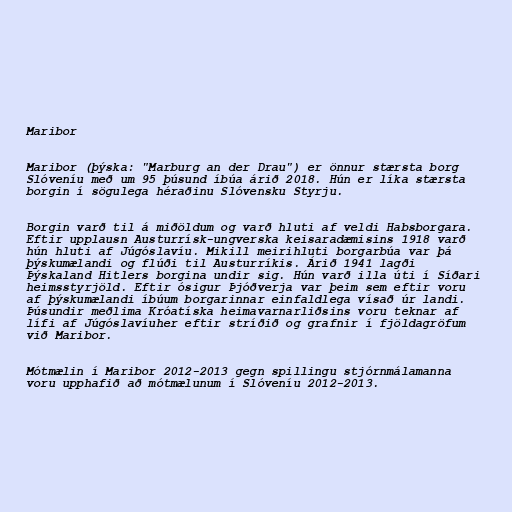
Maribor

Maribor (þýska: "Marburg an der Drau") er önnur stærsta borg
Slóveníu með um 95 þúsund íbúa árið 2018. Hún er líka stærsta
borgin í sögulega héraðinu Slóvensku Styrju.

Borgin varð til á miðöldum og varð hluti af veldi Habsborgara.
Eftir upplausn Austurrísk-ungverska keisaradæmisins 1918 varð
hún hluti af Júgóslavíu. Mikill meirihluti borgarbúa var þá
þýskumælandi og flúði til Austurríkis. Árið 1941 lagði
Þýskaland Hitlers borgina undir sig. Hún varð illa úti í Síðari
heimsstyrjöld. Eftir ósigur Þjóðverja var þeim sem eftir voru
af þýskumælandi íbúum borgarinnar einfaldlega vísað úr landi.
Þúsundir meðlima Króatíska heimavarnarliðsins voru teknar af
lífi af Júgóslavíuher eftir stríðið og grafnir í fjöldagröfum
við Maribor.

Mótmælin í Maribor 2012-2013 gegn spillingu stjórnmálamanna
voru upphafið að mótmælunum í Slóveníu 2012-2013.